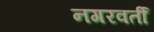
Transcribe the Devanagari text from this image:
नगरवर्ती